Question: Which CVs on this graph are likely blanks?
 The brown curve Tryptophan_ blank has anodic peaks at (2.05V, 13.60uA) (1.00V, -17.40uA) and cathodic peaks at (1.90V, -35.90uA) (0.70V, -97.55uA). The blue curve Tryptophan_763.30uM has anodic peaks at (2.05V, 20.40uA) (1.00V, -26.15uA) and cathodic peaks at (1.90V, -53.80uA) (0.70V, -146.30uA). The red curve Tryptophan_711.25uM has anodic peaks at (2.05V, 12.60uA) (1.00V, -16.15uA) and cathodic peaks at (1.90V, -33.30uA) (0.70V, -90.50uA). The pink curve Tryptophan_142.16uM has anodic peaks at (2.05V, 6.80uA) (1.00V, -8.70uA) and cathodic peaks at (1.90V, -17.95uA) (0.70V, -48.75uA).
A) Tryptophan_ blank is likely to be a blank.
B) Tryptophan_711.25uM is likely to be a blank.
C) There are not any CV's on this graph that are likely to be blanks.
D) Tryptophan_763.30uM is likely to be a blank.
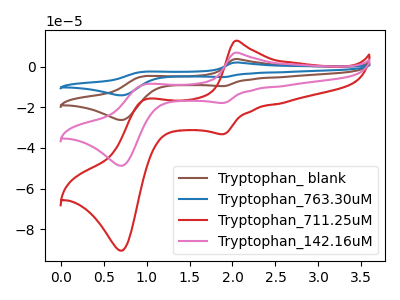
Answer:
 <answer>C) There are not any CV's on this graph that are likely to be blanks.</answer>
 <eval>C</eval>